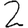
Digit: 2